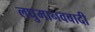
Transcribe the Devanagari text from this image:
लघुमानववादी